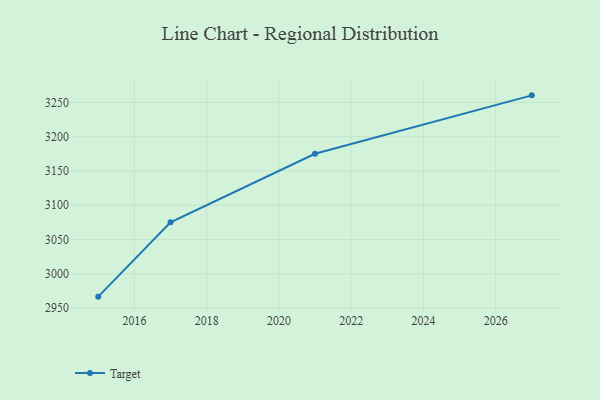
{"axis": {"x": "Year", "y": "Page Views"}, "legend": ["Target"], "data": [{"x": "2027", "y": 3260.2, "type": "Target"}, {"x": "2021", "y": 3175.1, "type": "Target"}, {"x": "2017", "y": 3075.2, "type": "Target"}, {"x": "2015", "y": 2966.8, "type": "Target"}]}